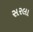
સરલા